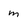
Character: m